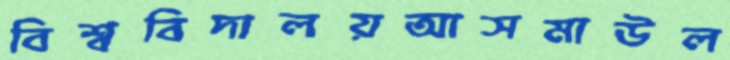
বিশ্ববিদালয়আসমাউল